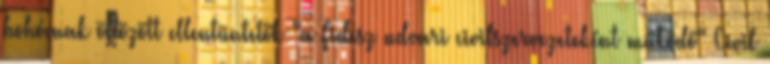
bohócnak öltözött ellentüntetők "a Fidesz udvari civilszervezeteként működő" Civil